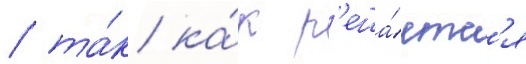
/ та́к ка́к р'еша́етс'я